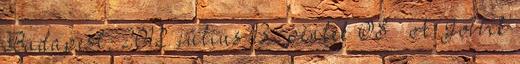
Budapest, 2012. július 13., péntek OS – A Jobbik